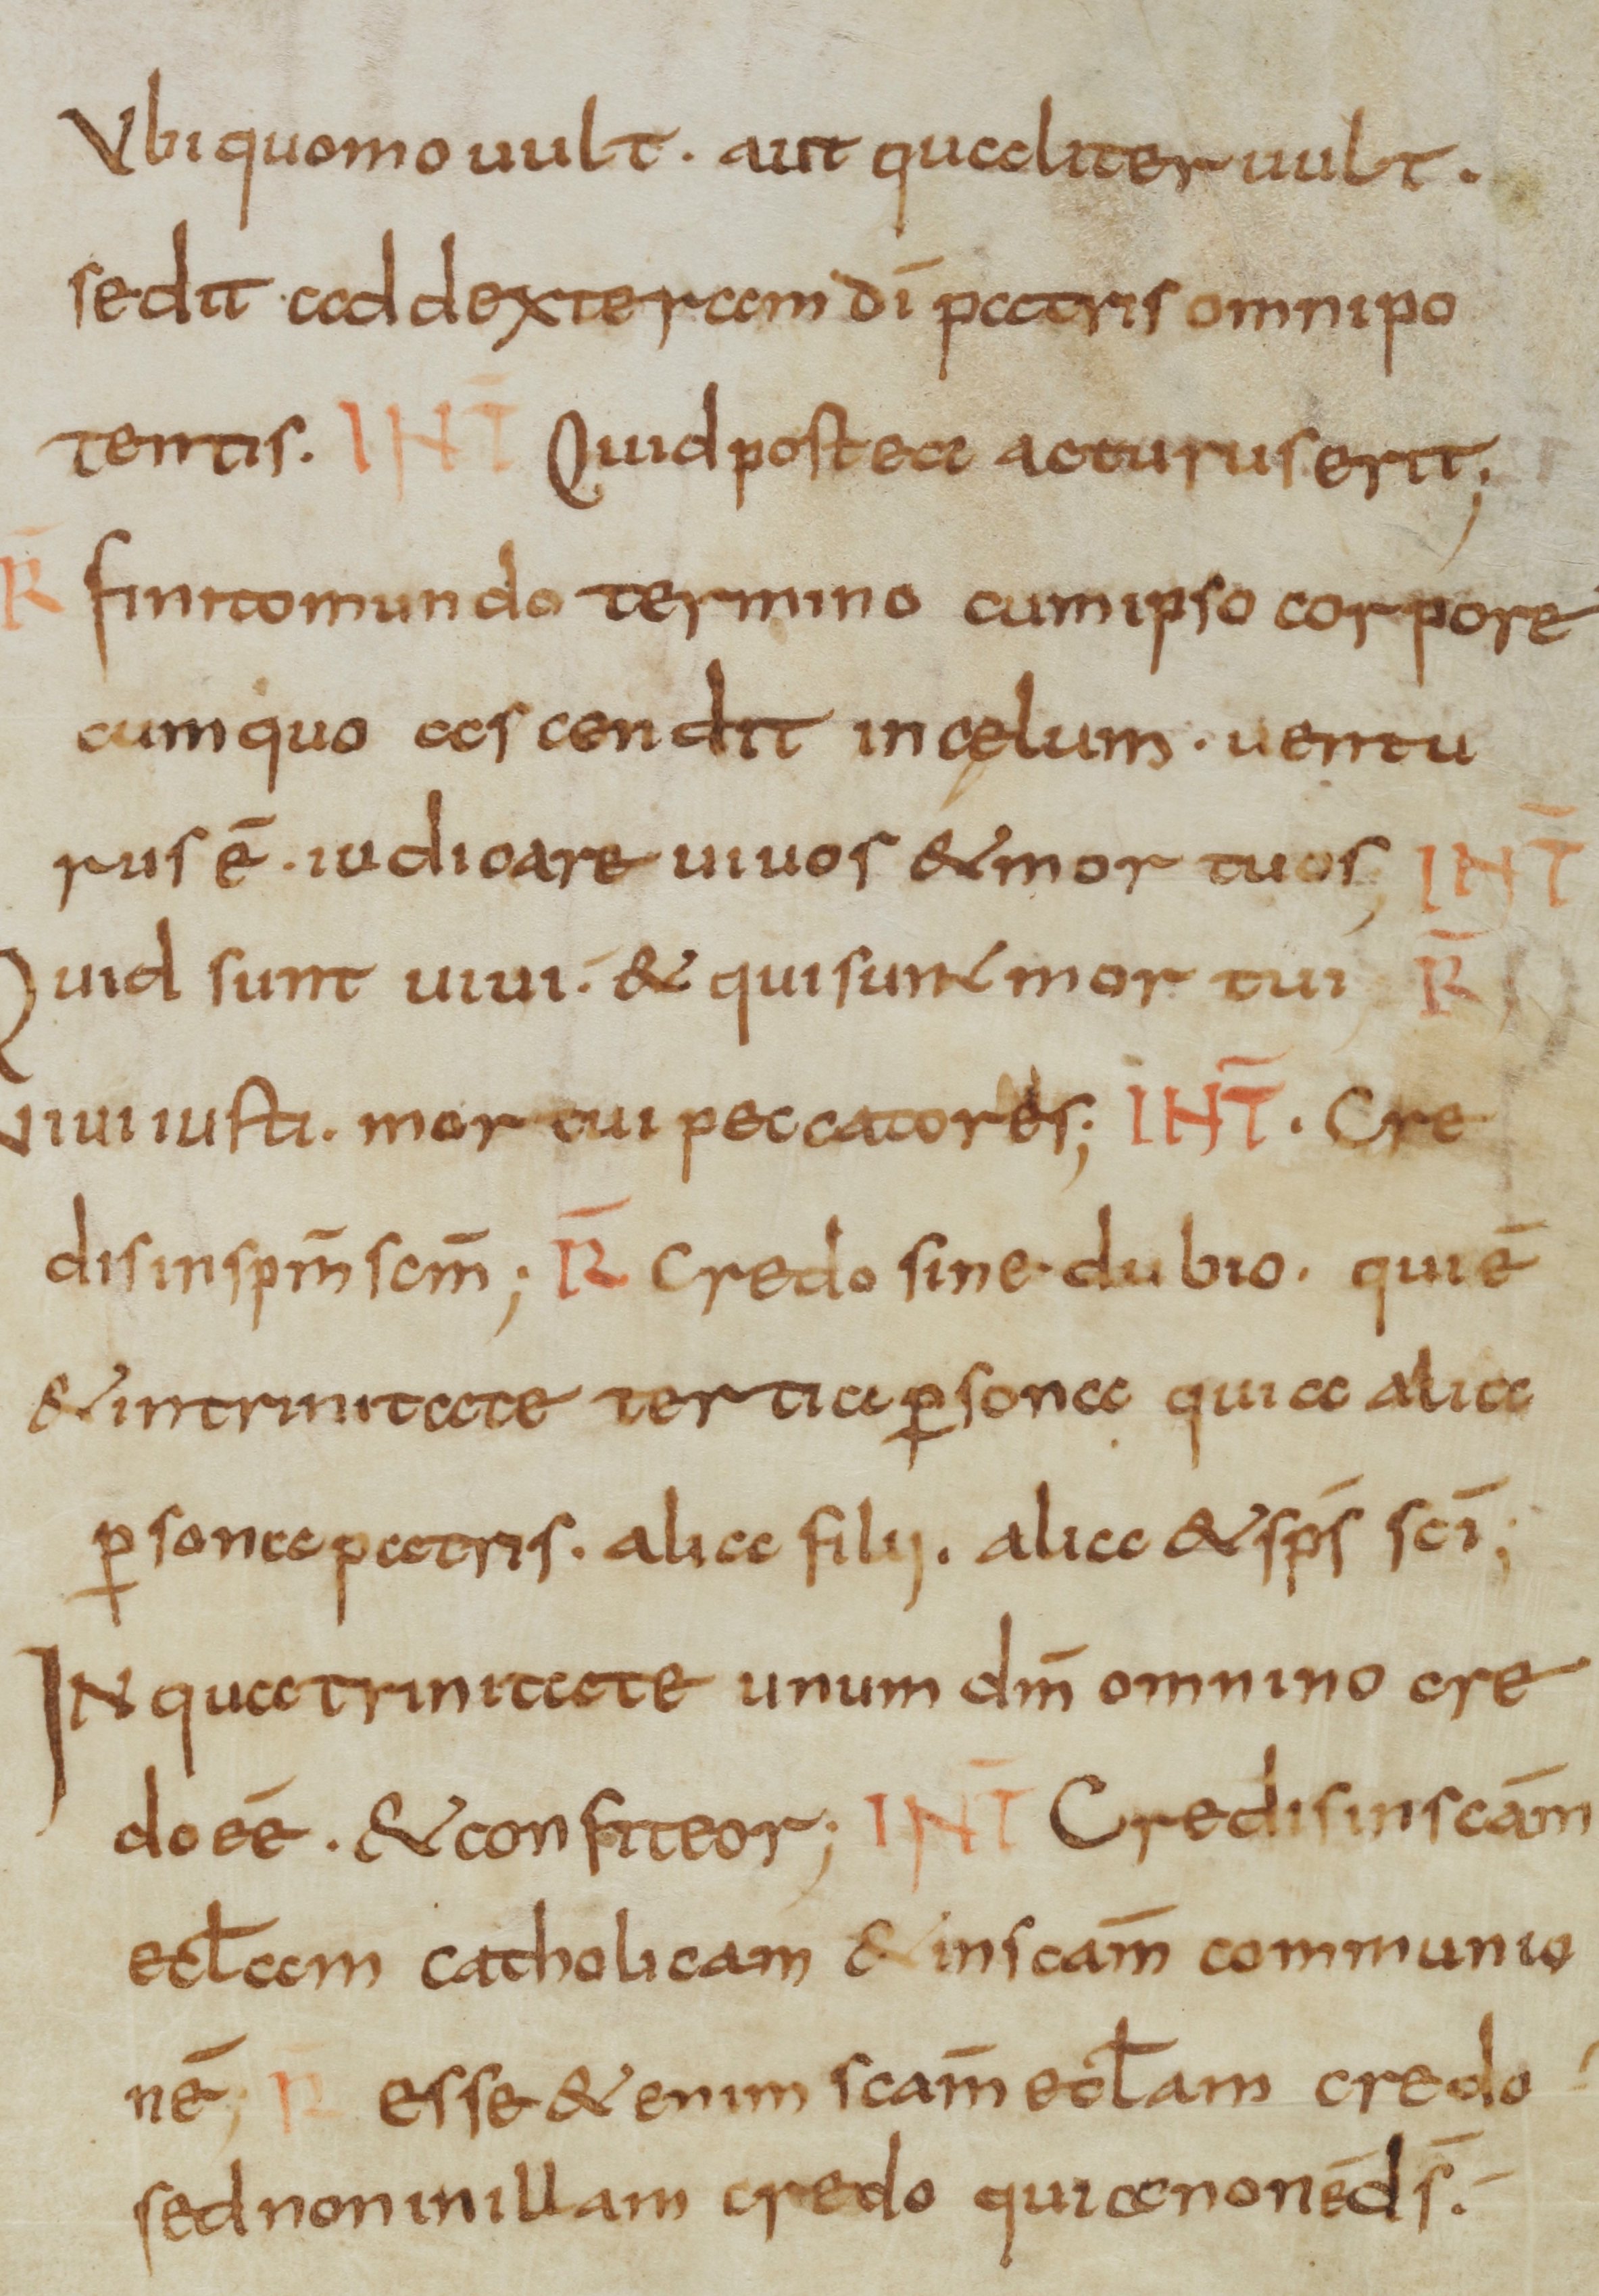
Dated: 800–899